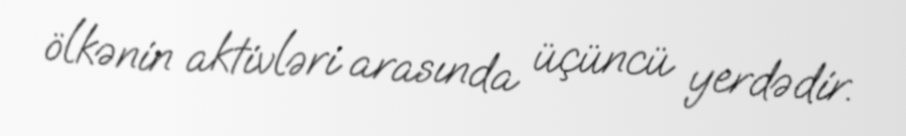
ölkənin aktivləri arasında üçüncü yerdədir.